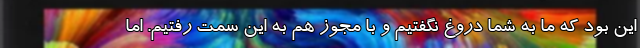
این بود که ما به شما دروغ نگفتیم و با مجوز هم به این سمت رفتیم. اما